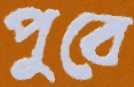
পুবে